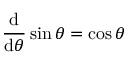
{ \frac { \operatorname { d } } { \operatorname { d } \! \theta } } \sin \theta = \cos \theta